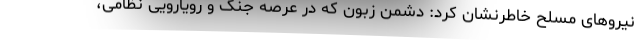
نیروهای مسلح خاطرنشان کرد: دشمن زبون که در عرصه جنگ و رویارویی نظامی،